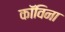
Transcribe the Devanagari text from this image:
कॉविना